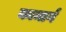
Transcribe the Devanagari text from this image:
कामार्ग